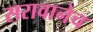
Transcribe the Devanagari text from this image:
सरावानेच